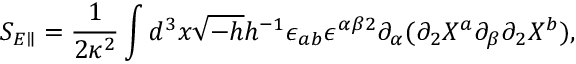
S _ { E \parallel } = \frac { 1 } { 2 \kappa ^ { 2 } } \int d ^ { 3 } x \sqrt { - h } h ^ { - 1 } \epsilon _ { a b } \epsilon ^ { \alpha \beta 2 } \partial _ { \alpha } ( \partial _ { 2 } X ^ { a } \partial _ { \beta } \partial _ { 2 } X ^ { b } ) ,